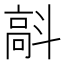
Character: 𩫄